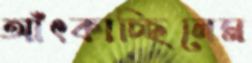
আঁৎকাচ্ছিলেম